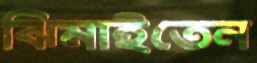
ঝিমাইতেন